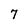
Character: 7